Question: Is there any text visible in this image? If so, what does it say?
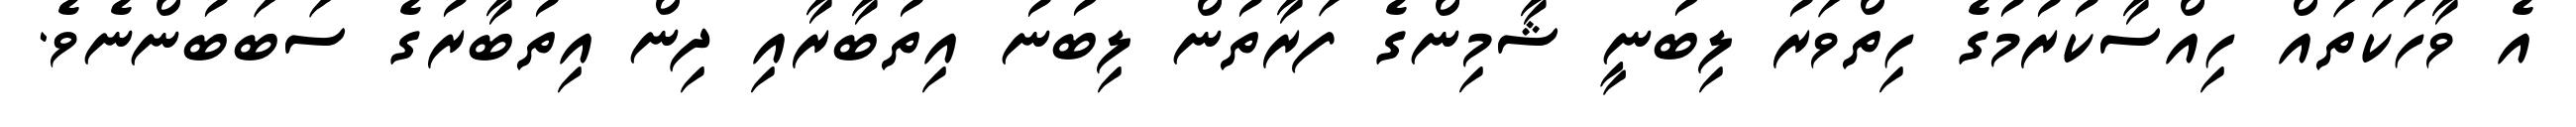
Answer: އެ ވާހަކަތައް ހިއްސާކުރުމުގެ ހިތްވަރު ލިބުނީ ޝާމިންގެ ފަރާތުން ލިބުނު އިތުބާރާއި ދިން އިތުބާރުގެ ސަބަބުންނެވެ.